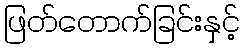
ဖြတ်တောက်ခြင်းနှင့်